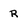
Character: R